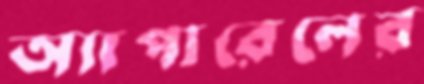
অ্যাপারেলের